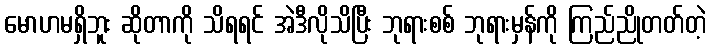
မောဟမရှိဘူး ဆိုတာကို သိရရင် အဲဒီလိုသိပြီး ဘုရားစစ် ဘုရားမှန်ကို ကြည်ညိုတတ်တဲ့